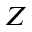
Z